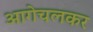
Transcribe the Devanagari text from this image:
आगेचलकर